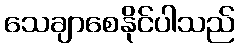
သေချာစေနိုင်ပါသည်